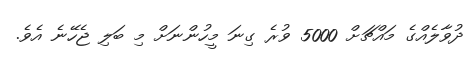
ދުވާލެއްގެ މައްޗަށް 5000 ވުރެ ގިނަަ މީހުންނަށް މި ބަލި ޖެހޭނެ އެވެ.